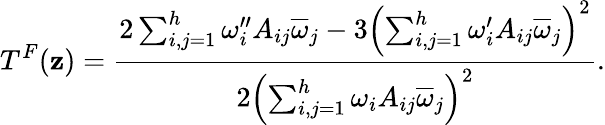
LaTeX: T^{F}(\mathbf{z})={\frac{{2\sum_{i,j=1}^{h}\omega_{i}^{\prime\prime}A_{ij}\overline{{{\omega}}}_{j}-3\left(\sum_{i,j=1}^{h}\omega_{i}^{\prime}A_{ij}\overline{{{\omega}}}_{j}\right)^{2}}}{{2\left(\sum_{i,j=1}^{h}\omega_{i}A_{ij}\overline{{{\omega}}}_{j}\right)^{2}}}}.